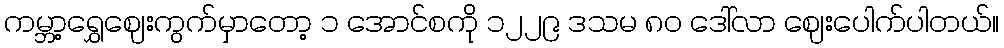
ကမ္ဘာ့ရွှေဈေးကွက်မှာတော့ ၁ အောင်စကို ၁၂၂၉ ဒသမ ၈၀ ဒေါ်လာ ဈေးပေါက်ပါတယ်။